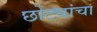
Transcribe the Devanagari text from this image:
छोट्यांचा